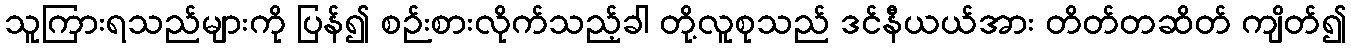
သူကြားရသည်များကို ပြန်၍ စဉ်းစားလိုက်သည့်ခါ တို့လူစုသည် ဒင်နီယယ်အား တိတ်တဆိတ် ကျိတ်၍